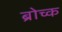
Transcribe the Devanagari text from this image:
ब्रोच्क